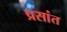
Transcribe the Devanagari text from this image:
प्रसांत